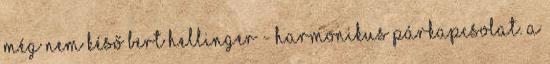
még nem késő Bert Hellinger - harmonikus Párkapcsolat. A